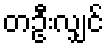
တဦးလျှင်